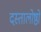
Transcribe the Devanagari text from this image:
दस्तालोष्ठो